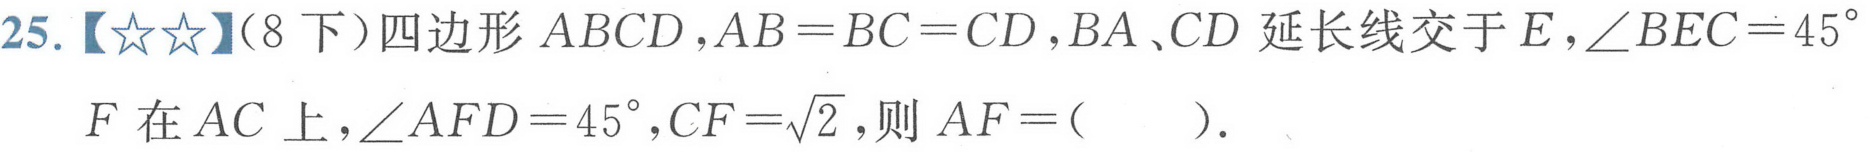
25.【★★】(8 下)四边形$ABCD$，$AB = BC = CD$，$BA$、$CD$延长线交于$E$，$\angle BEC = 45^{\circ}$，
$F$在$AC$上，$\angle AFD = 45^{\circ}$，$CF=\sqrt{2}$，则$AF = (\ \ \ \ \ )$.